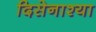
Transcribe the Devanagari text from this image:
दिसेनाश्या